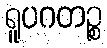
ရူပဂတဉ္စ